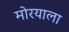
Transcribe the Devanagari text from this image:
मोरयाला